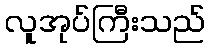
လူအုပ်ကြီးသည်